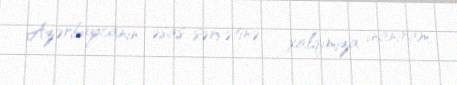
Azərbaycanın əsas sərvətinə - xalqımıza inanıram.